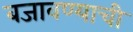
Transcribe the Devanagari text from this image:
बजावण्याची